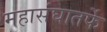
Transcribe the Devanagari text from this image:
महासंघातर्फे